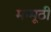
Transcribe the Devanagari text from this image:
मम्मूठी